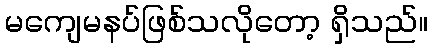
မကျေမနပ်ဖြစ်သလိုတော့ ရှိသည်။